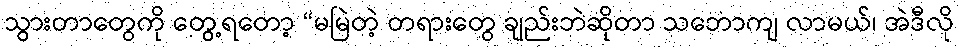
သွားတာတွေကို တွေ့ရတော့ “မမြဲတဲ့ တရားတွေ ချည်းဘဲဆိုတာ သဘောကျ လာမယ်၊ အဲဒီလို